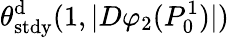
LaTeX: \theta_{\mathrm{stdy}}^{\mathrm{d}}(1,|D\varphi_{2}(P_{0}^{1})|)